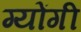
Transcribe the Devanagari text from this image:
ग्योंगी